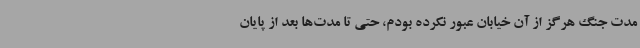
مدت جنگ هرگز از آن خیابان عبور نکرده بودم، حتی تا مدت‌ها بعد از پایان